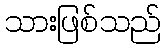
သားဖြစ်သည်